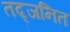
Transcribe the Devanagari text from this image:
तद्जनित